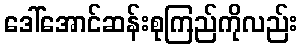
ဒေါ်အောင်ဆန်းစုကြည်ကိုလည်း